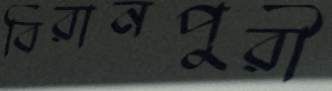
বিরানপুরী